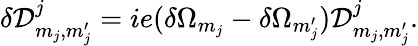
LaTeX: \delta{\cal D}_{m_{j},m_{j}^{\prime}}^{j}=ie(\delta\Omega_{m_{j}}-\delta\Omega_{m_{j}^{\prime}}){\cal D}_{m_{j},m_{j}^{\prime}}^{j}.